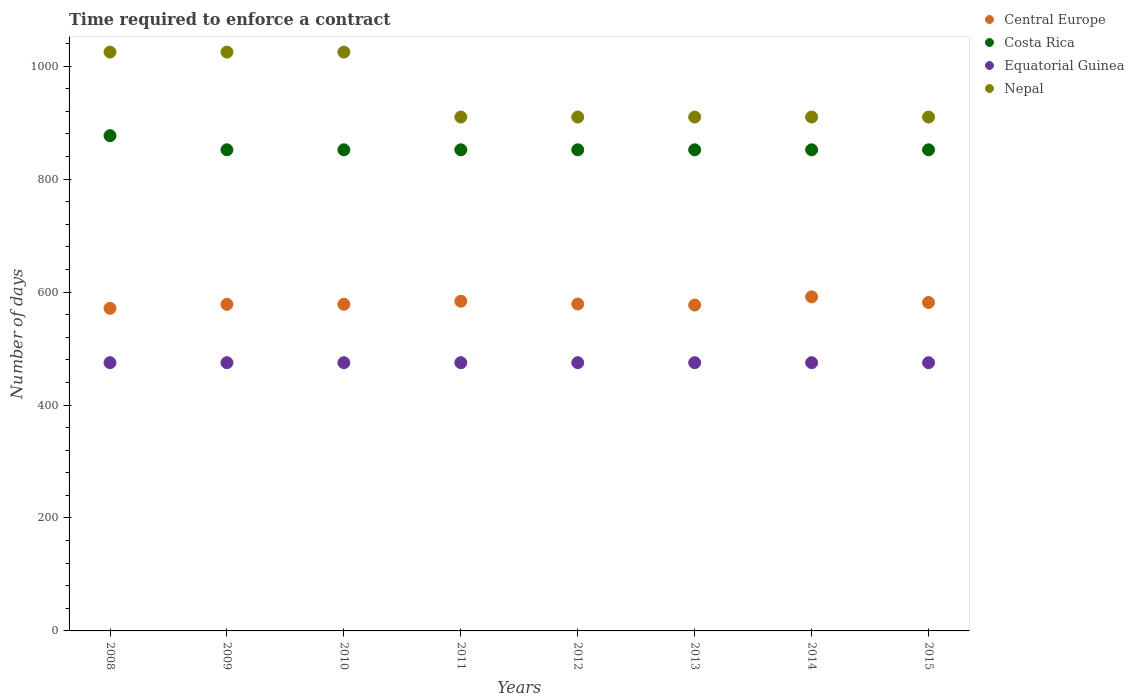
| Years | Central Europe | Costa Rica | Equatorial Guinea | Nepal |
 | --- | --- | --- | --- | --- |
 | 2008 | 571 | 877 | 475 | 1.02e+03 |
 | 2009 | 578 | 852 | 475 | 1.02e+03 |
 | 2010 | 578 | 852 | 475 | 1.02e+03 |
 | 2011 | 584 | 852 | 475 | 910 |
 | 2012 | 579 | 852 | 475 | 910 |
 | 2013 | 577 | 852 | 475 | 910 |
 | 2014 | 592 | 852 | 475 | 910 |
 | 2015 | 582 | 852 | 475 | 910 |